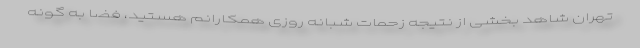
تهران شاهد بخشی از نتیجه زحمات شبانه روزی همکارانم هستید، فضا به گونه